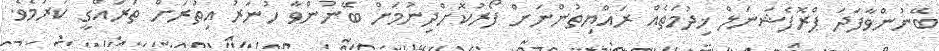
ބޭނުންވާފަދަ ޕްރޮފެޝަނަލް ޚިދުމަތެއް ރައްޔިތުންނަށް ފޯރުކޮށްދިނުމަށް ބޭނުންވާ ހުނަރު އިތުރަށް ތަރައްގީ ކުރުމެވެ.